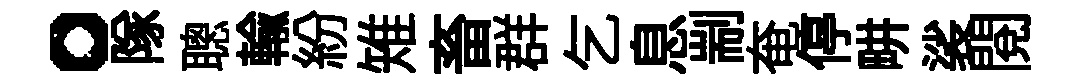
。隊聰輸紛雉畜群乞息剬奄停畊裟閱